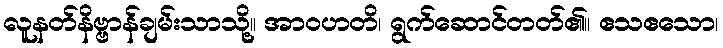
လူနတ်နိဗ္ဗာန်ချမ်းသာသို့။ အာဝဟတိ၊ ရွက်ဆောင်တတ်၏။ ဧသဧသော၊